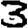
Digit: 3